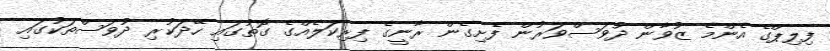
ފިލިޕްގެ އެންމެ ޒުވާން ދުވަސްވަރުން ފެށިގެން ރާނީގެ ފިރިކަލެއްގެ ގޮތުގައި ހޭދަކުރި ދުވަސްތަކުގައި